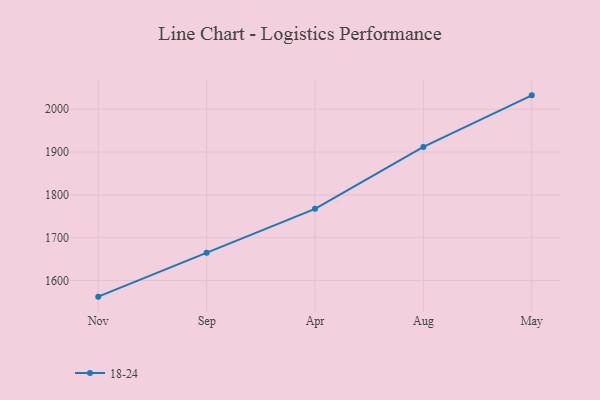
{"axis": {"x": "Month", "y": "Active Users"}, "legend": ["18-24"], "data": [{"x": "Nov", "y": 1562.2, "type": "18-24"}, {"x": "Sep", "y": 1664.9, "type": "18-24"}, {"x": "Apr", "y": 1767.4, "type": "18-24"}, {"x": "Aug", "y": 1911.9, "type": "18-24"}, {"x": "May", "y": 2032.5, "type": "18-24"}]}